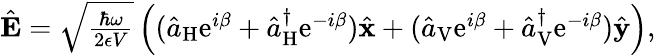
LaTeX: \begin{array}{r}{\hat{\mathbf E}=\sqrt{\frac{\hbar\omega}{2\epsilon V}}\left((\hat{a}_{\mathrm{H}}\mathrm{e}^{i\beta}+\hat{a}_{\mathrm{H}}^{\dagger}\mathrm{e}^{-i\beta})\hat{\mathbf x}+(\hat{a}_{\mathrm{V}}\mathrm{e}^{i\beta}+\hat{a}_{\mathrm{V}}^{\dagger}\mathrm{e}^{-i\beta})\hat{\mathbf y}\right),}\end{array}